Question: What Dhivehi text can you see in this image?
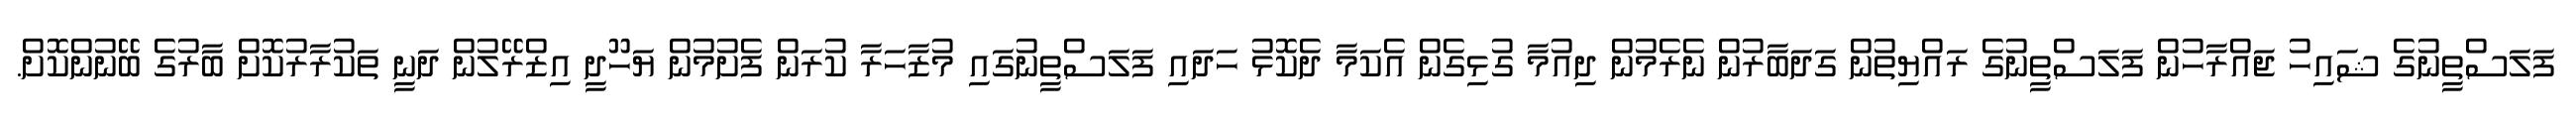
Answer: ފަލަސްތީނުގެ ޝައިހު ޖައްރާހުން ފަލަސްތީނުގެ ރައްޔިތުން ގަދަބާރުން ނެރެމުން ދިއުމާ ގުޅިގެން އެކަމާ ދެކޮޅު ހަދައި ފަލަސްތީނުގައި މުޒާހަރާ ކުރަން ފެށުމުން ޔަހޫދީ އިޒްރޭލުން ދަނީ ތަކުރާރުކޮށް ބާރުގެ ބޭނުންކޮށް.